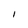
Character: I